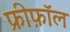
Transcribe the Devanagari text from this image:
फ्रीफ़ॉल